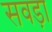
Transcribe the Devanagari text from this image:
सवड़ा